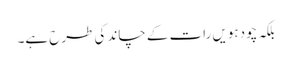
بلکہ چودہویں رات کے چاند کی طرح ہے۔